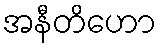
အနီတိဟော